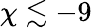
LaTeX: \chi\lesssim-9